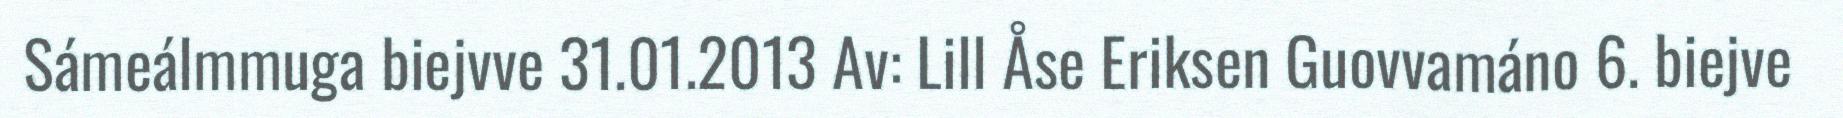
Sámeálmmuga biejvve 31.01.2013 Av: Lill Åse Eriksen Guovvamáno 6. biejve